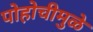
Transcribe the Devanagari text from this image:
पोहोचीमुळे